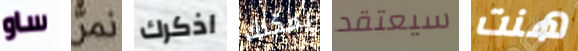
ساو نمر اذكرك يمكنك سيعتقد هنت